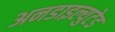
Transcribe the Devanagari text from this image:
अनडाइल्युटेड